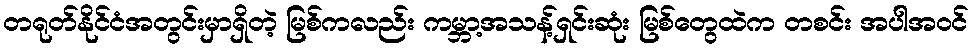
တရုတ်နိုင်ငံအတွင်းမှာရှိတဲ့ မြစ်ကလည်း ကမ္ဘာ့အသန့်ရှင်းဆုံး မြစ်တွေထဲက တစင်း အပါအဝင်